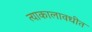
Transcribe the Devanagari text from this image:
त्याकालावधीत